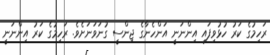
ރަހިމުގެ ކަރު ހުޅުވިފައި އިންނަނީ އަންހެނާގެ ޖިންސީ ގުނަވަނަށެވެ. ރަހިމުގެ ކަރު އިންނަނީ